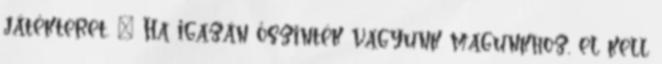
játékteret. – Ha igazán őszinték vagyunk magunkhoz, el kell